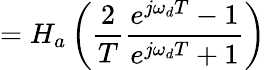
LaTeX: =H_{a}\left({\frac{2}{T}}{\frac{e^{j\omega_{d}T}-1}{e^{j\omega_{d}T}+1}}\right)